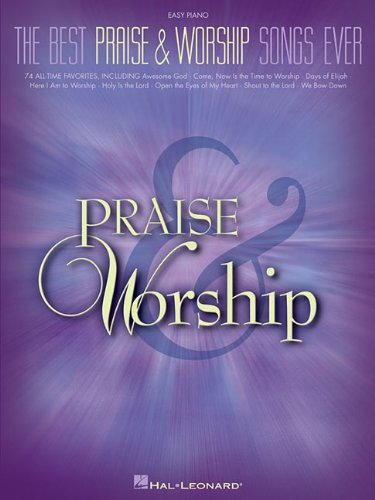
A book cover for The Best Praise and Worship Songs Ever (Easy Piano); Humor & Entertainment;